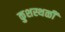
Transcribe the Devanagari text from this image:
कुशस्थळी